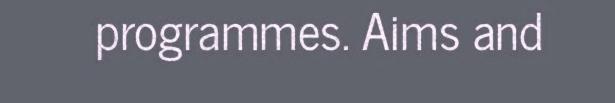
programmes. Aims and